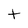
Character: t